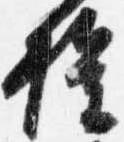
権